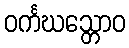
ဝင်္ကဃသ္တောဝ